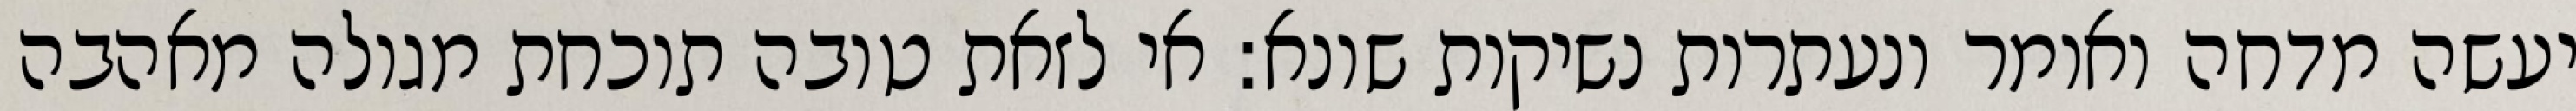
יעשה מדחה ואומר ונעתרות נשיקות שונא: אי לזאת טובה תוכחת מגולה מאהבה